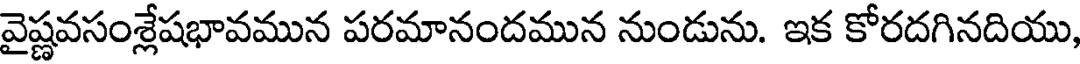
వైష్ణవసంశ్లేషభావమున పరమానందమున నుండును. ఇక కోరదగినదియు,